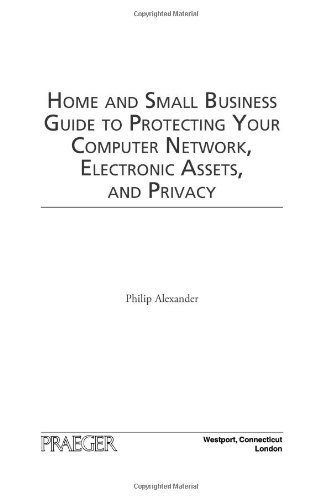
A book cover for Home and Small Business Guide to Protecting Your Computer Network, Electronic Assets, and Privacy by Alexander, Philip [Praeger,2009] [Hardcover]; Computers & Technology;